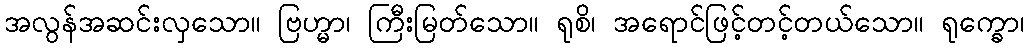
အလွန်အဆင်းလှသော။ ဗြဟ္မာ၊ ကြီးမြတ်သော။ ရုစိ၊ အရောင်ဖြင့်တင့်တယ်သော။ ရုက္ခော၊